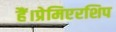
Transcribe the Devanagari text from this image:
हैं।प्रेमिएरशिप